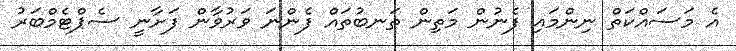
އެ މަސައްކަތް ނިންމައި ފެނުން މަތިން ތަނބުތައް ފެންނަ ވަރުވާން ފަށާނީ ސެޕްޓެމްބަރު